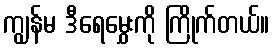
ကျွန်မ ဒီရေမွှေးကို ကြိုက်တယ်။